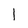
Character: 1